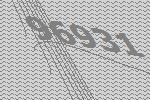
96931